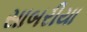
સાબરીયા